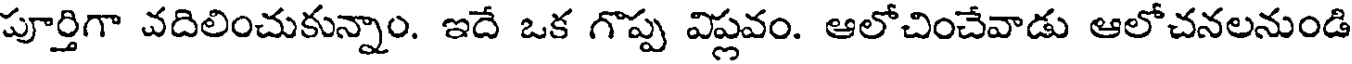
పూర్తిగా వదిలించుకున్నాం. ఇదే ఒక గొప్ప విప్లవం. ఆలోచించేవాడు ఆలోచనలనుండి